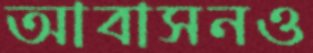
আবাসনও